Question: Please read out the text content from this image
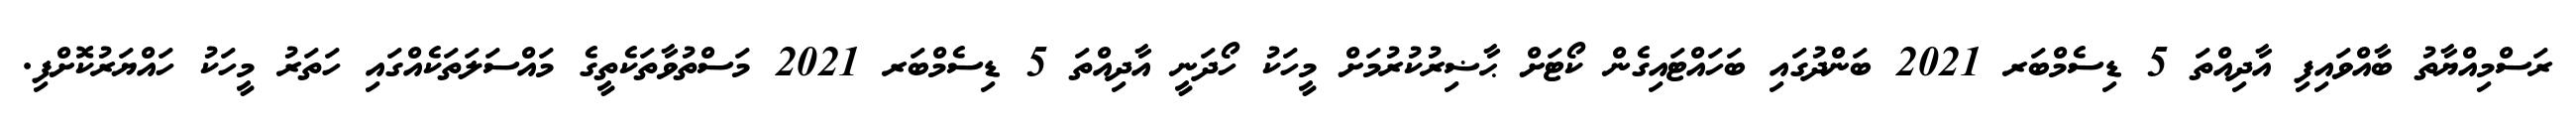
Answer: ރަސްމިއްޔާތު ބާއްވައިފި އާދިއްތަ 5 ޑިސެމްބަރ 2021 ބަންދުގައި ބަހައްޓައިގެން ކޯޓަށް ޙާޟިރުކުރުމަށް މީހަކު ހޯދަނީ އާދިއްތަ 5 ޑިސެމްބަރ 2021 މަސްތުވާތަކެތީގެ މައްސަލަތަކެއްގައި ހަތަރު މީހަކު ހައްޔަރުކޮށްފި.